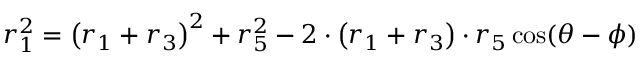
r _ { 1 } ^ { 2 } = \left( r _ { 1 } + r _ { 3 } \right) ^ { 2 } + r _ { 5 } ^ { 2 } - 2 \cdot \left( r _ { 1 } + r _ { 3 } \right) \cdot r _ { 5 } \cos ( \theta - \phi )